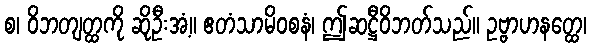
စ၊ ဝိဘတျတ္ထကို ဆိုဦးအံ့။ ဧတံသာမိဝစနံ၊ ဤဆဋ္ဌီဝိဘတ်သည်။ ဥဗ္ဗာဟနတ္ထေ၊